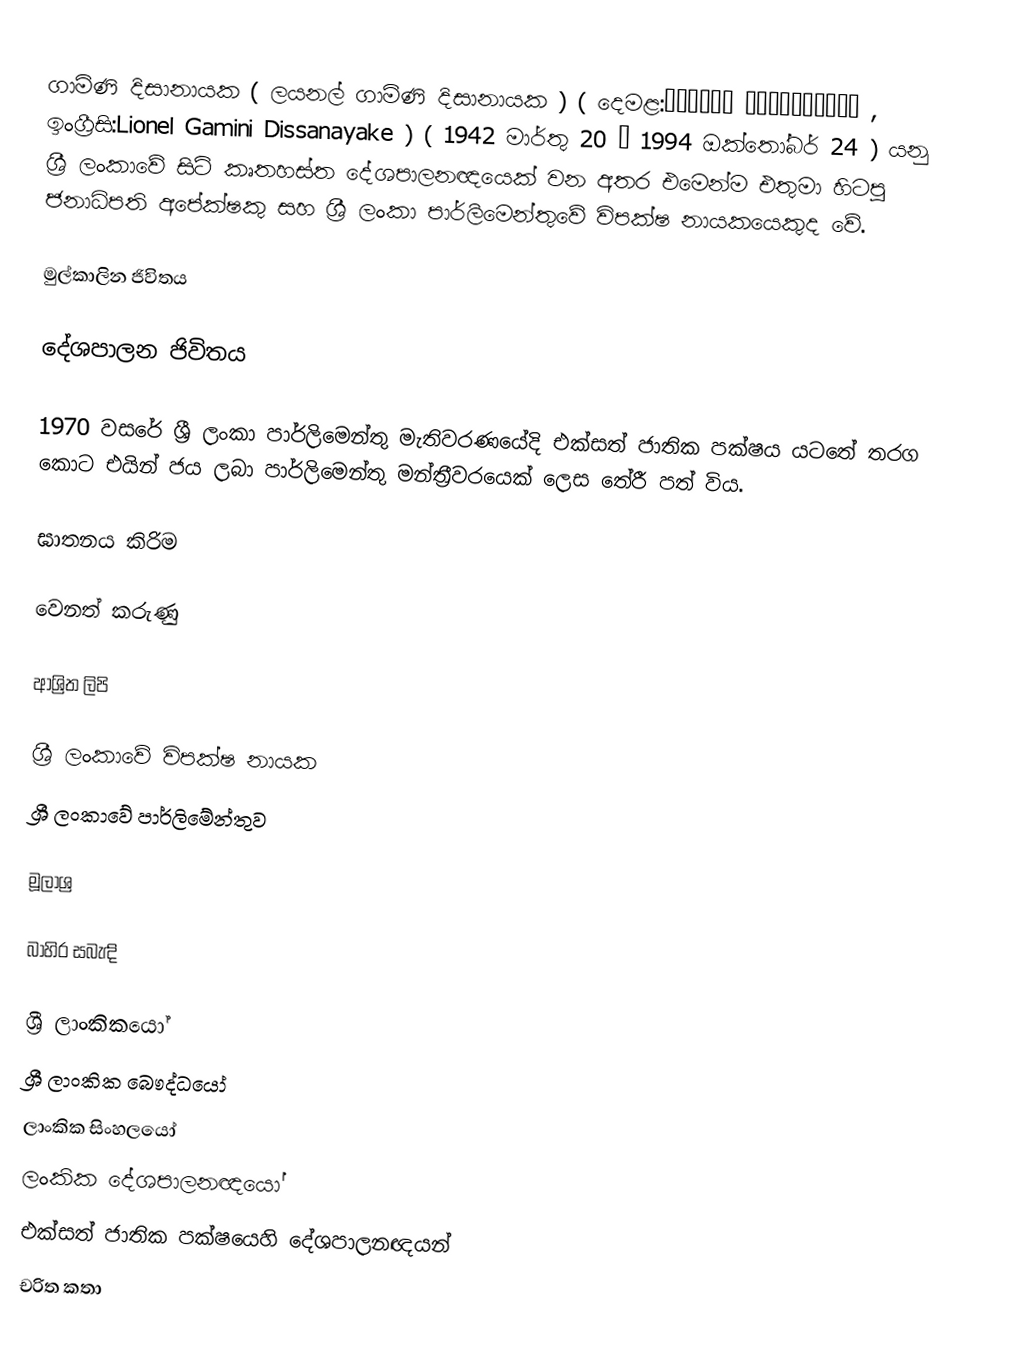
ගාමිණි දිසානායක ( ලයනල් ගාමිණි දිසානායක ) ( දෙමළ:காமினி திஸாநாயக்க , ඉංග්‍රීසි:Lionel Gamini Dissanayake ) ( 1942 මාර්තු 20 – 1994 ඔක්තෝබර් 24 ) යනු ශ්‍රී ලංකාවේ සිටි කෘතහස්ත දේශපාලනඥයෙක් වන අතර එමෙන්ම එතුමා හිටපු ජනාධිපති අපේක්ෂකු සහ ශ්‍රී ලංකා පාර්ලිමෙන්තුවේ විපක්ෂ නායකයෙකුද වේ.

මුල්කාලින ජිවිතය

දේශපාලන ජිවිතය

1970 වසරේ ශ්‍රී ලංකා පාර්ලිමෙන්තු මැතිවරණයේදි එක්සත් ජාතික පක්ෂය යටතේ තරග කොට එයින් ජය ලබා පාර්ලිමෙන්තු මන්ත්‍රීවරයෙක් ලෙස තේරී පත් විය.

ඝාතනය කිරිම

වෙනත් කරුණු

ආශ්‍රිත ලිපි

 ශ්‍රී ලංකාවේ විපක්ෂ නායක
 ශ්‍රී ලංකාවේ පාර්ලිමේන්තුව

මූලාශ්‍ර

බාහිර සබැඳි

ශ්‍රී ලාංකිකයෝ
ශ්‍රී ලාංකික බෞද්ධයෝ
ලාංකික සිංහලයෝ
ලංකික දේශපාලනඥයෝ
එක්සත් ජාතික පක්ෂයෙහි දේශපාලනඥයන්
චරිත කතා